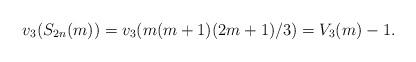
LaTeX: \begin{align*}v_3(S_{2n}(m))=v_3(m(m+1)(2m+1)/3) = V_3(m)-1.\end{align*}